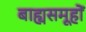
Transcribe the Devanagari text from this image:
बाह्यसमूहों